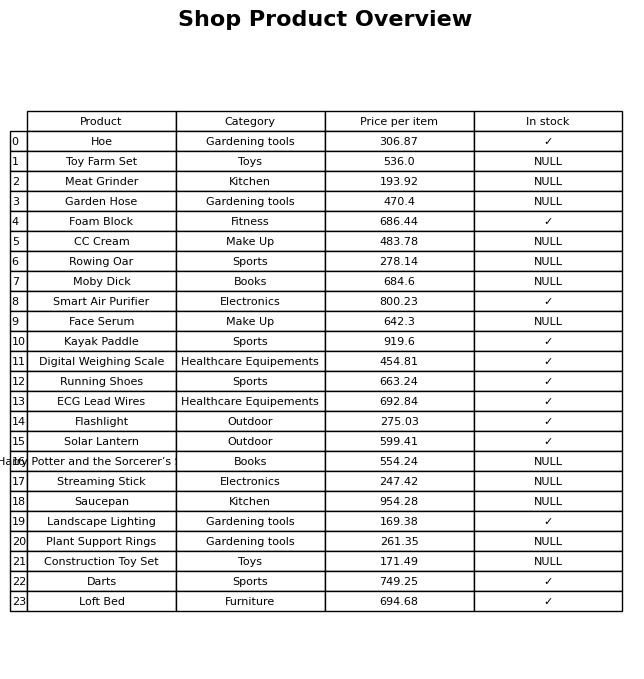
question: What is the price of the Garden Hose?
answer: The price of Garden Hose is 470.4.